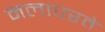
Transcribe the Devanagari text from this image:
मलापरते